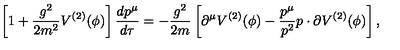
\left[ 1 + \frac { g ^ { 2 } } { 2 m ^ { 2 } } V ^ { ( 2 ) } ( \phi ) \right] \frac { d p ^ { \mu } } { d \tau } = - \frac { g ^ { 2 } } { 2 m } \left[ \partial ^ { \mu } V ^ { ( 2 ) } ( \phi ) - \frac { p ^ { \mu } } { p ^ { 2 } } p \cdot \partial V ^ { ( 2 ) } ( \phi ) \right] ,